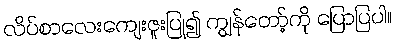
လိပ်စာလေးကျေးဇူးပြု၍ ကျွန်တော့်ကို ပြောပြပါ။